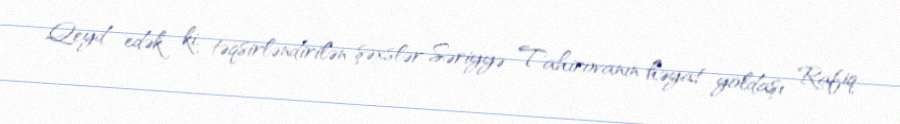
Qeyd edək ki, təqsirləndirilən şəxslər Səriyyə Tahirovanın həyat yoldaşı Rafiq